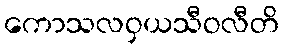
ကောသလဝှယသီဝလီတိ